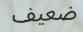
ضعيف